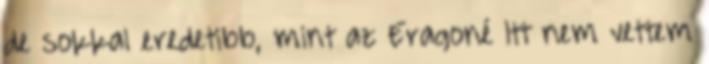
de sokkal eredetibb, mint az Eragoné Itt nem vettem